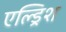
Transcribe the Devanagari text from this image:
एल्ड्रिश